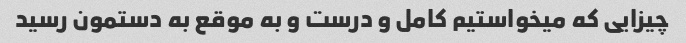
چیزایی که میخواستیم کامل و درست و به موقع به دستمون رسید